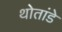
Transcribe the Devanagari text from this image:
थोतांडे